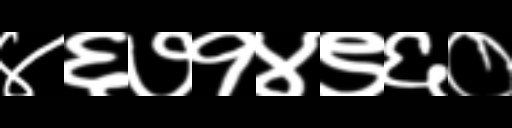
Text: ४६७१४९६०